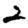
Digit: 2